Report of the Indian Hemp Drugs Commission, 1894-1895 - Volume VII
Year: 1894
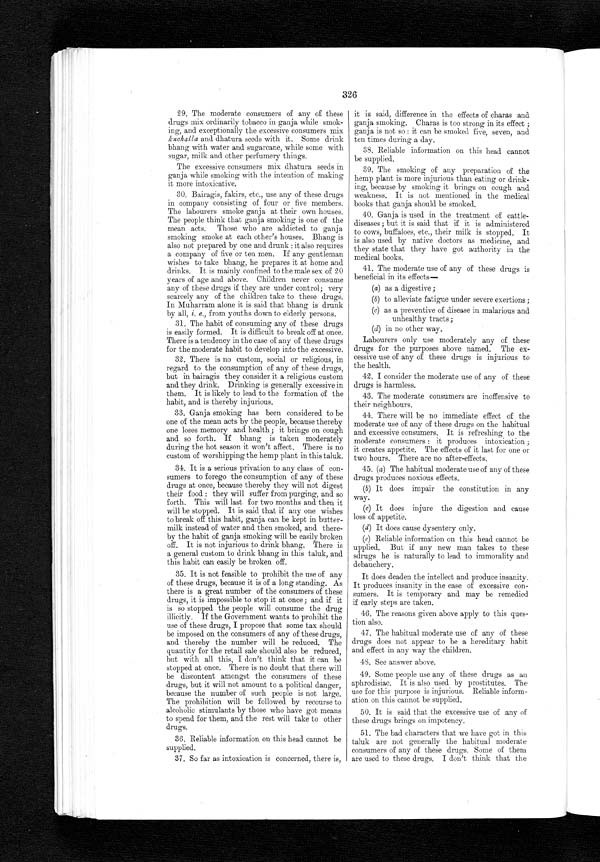
330
29. Tobacco is one of the ordinary ingredients
mixed with ganja, but exceptionally kuchala, dha-
tura seeds, etc., are mixed with ganja to make it
stronger. Bhang massala is described in answer
No. 15 ( C) above.
30. The consumption of each of the these drugs
is practised by males of 20 years of age and above
in solitude or in company. Children never consume
any of these drugs.
31. The habit of consuming any of these drugs
is not easily formed. It is not difficult to break
off. There is no tendency in any of these drugs
for the moderate habit to develop into the exces-
sive.
32. These drugs are not used as one of the social
or religious customs, and hence the further parti-
culars cannot be satisfactorily described.
33. The consumption of each of these drugs is
generally regarded as a mean act by the people.
The consumers of each of these drugs are generally
disrespected. It is the opinion in general that these
drugs are injurious to the consumer's health. The
hemp plant is never worshipped on any occasion;
but in case the habitual consumer dies, the hemp
plant is kept near his corpse at the time of his fu-
neral ceremony. The use of any form of the nar-
cotic is generally in disrepute, because there is a
firm opinion among the public that the use of these
drugs is one of the mean acts, inasmuch as the so-
cial or religious customs are concerned.
34. There would be no serious privation to any
class of consumers to forego the consumption of the
drugs they use. These drugs have got one or two
more troublesome effects than. the opium, liquor,
etc. Still in opium and liquor there are some per-
manent effects which are impossible to be checked
at once, and hence .there would be a serious priva-
tion to the consumers of these to forego the con-
sumption. This is not applicable to the hemp
drugs consumers.
35. It is feasible to prohibit the use of all these
drugs. By this I mean that the cultivation of
ganja should be stopped. The prohibition of all
these drugs will not, I think, occasion serious dis-
content amongst the consumers, and it would not
also amount to a political or social danger.
The consumers of these drugs are generally
bairagis, fakirs, kanphatias, etc. The number of
such people is not large in this taluk. In family
men such habits are very rare. If the use of the
hemp drugs is prohibited, these men will have re-
course to alcoholic stimulants or other drugs pro-
ducing intoxication, without which they will not
pull on.
36. It appears that the men who are used to the
hemp drugs are addicted to a certain extent to
alcohol. I attribute this change to the causes of
getting the alcohol ready, and they have got a pe-
culiar taste. I cannot offer any proof of its
reality, but it is said that the liquor is much con-
sumed.
37. As the Charas is not used in this taluk, the
information on this head cannot be given.
38. There are different kinds of effects on the
consumers of ganja and bhang, of which the former
i s
s t r o n g e r t h a n t h e l a t t e r i n i t s e f f e c t s .
39. The smoking of the hemp drugs is more in
- j u r i o u s t h a n t h a t o f d r i n k i n g o r e a t i n g , b u t t h i s
habit is not so commonly in use as that of smoking.
40. See medical officer's report attached.*
41. Moderate use of ganja or bhang is beneficial
in its effects as a digestive, and also gives staying-
power under severe exertion or exposure and alle-
viates fatigue, and is also effective as a medicine in
malarious and unhealthy tracts. No information
can be given for clause ( d).
The labouring classes naturally use this drug in
order to alleviate fatigue. But in this taluk such
people generally use liquor instead of this drug, and
next to this they use opium.
42. Moderate use of these drugs is to some ex-
tent beneficial, for which the explanation is already
offered. It seems that the moderate use of these
occasionally would be harmless, only perhaps it
may harm during its intoxication for a short time.
43. Moderate consumers are inoffensive to their
neighbours.
44. The immediate effect of moderate use of any
of these drugs on the habitual consumers is of a
pleasing sort. It produces intoxication. It does
not allay hunger. It creates appetite in some
degree. The effects of these drugs last for about
four hours on habituals and for twelve hours on
beginners. Yes, there are after-effects.
45 and 46. Vide Medical Officer's report attached.*
47. The habitual moderate use of any of these
drugs does not appear to be a hereditary habit, but
in some way it affects the children of the moderate
consumers.
48. The excessive habitual use of any of these
drugs does not appear to be a hereditary habit, but
it affects the children.
49 and 50. Vide Medical Officer's report attach-
ed.*
51. The bad characters only are used to these
drugs. The proportion is not based on the popu-
lation. The bad characters generally commit petty
offences with the intention of defraying the costs
of these drugs. The consumers of liquor require a.
large amount to spend for it, while the consumers
of these drugs can manage with a small amount.
52. This has been solved ill answer No. 51 above.
53. The excessive indulgence does not, it appears,
excite the consumer to unpremeditated crime, vio-
lent or otherwise, unless the consumer has not been
out of his senses.
54. These drugs are not used by criminals in
order to fortify themselves to commit a preme-
ditated act of violence or other crime.
55. The criminals induce their victims to partake
of any of these drugs, and so stupefy them in order
to further their designs. Complete stupefaction
can be induced by admixture.
56 and 57. Vide Medical Officer's report attach-
ed.*
58. The present practice of control is rather satis-
factory. For the present the Revenue Officers have
been entrusted with powers in these matters ; but
if a separate officer be appointed for these matters,
the control, etc., will be more satisfactorily exercised
than at present.
59. The improvement can be effected by opening
a separate department, and also by giving powers to
the patels, etc.
60. Information on this head cannot be supplied,
as there is no ganja cultivation in this taluk.
61. Charas is not known in this taluk.
62. See answer No. 60 above.
63. No improvements are necessary in the
present system of wholesale or retail vend of these
drugs.
*Not received by the Commission.